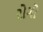
રોગો